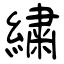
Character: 繍